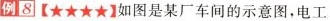
例8【★★★★】如图是某厂车间的示意图，电工